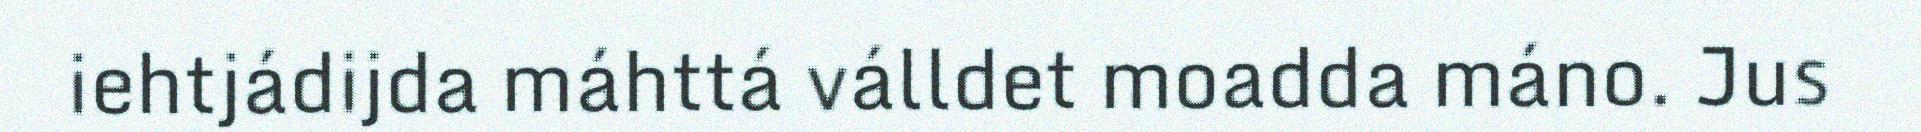
iehtjádijda máhttá válldet moadda máno. Jus